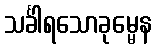
သင်္ခါရသောခုမ္မေန